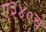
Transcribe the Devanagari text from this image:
ए३४०चे